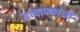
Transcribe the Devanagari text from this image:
अध्यापकांशी